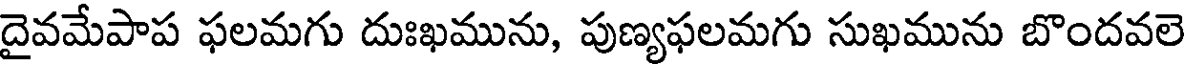
దైవమేపాప ఫలమగు దుఃఖమును, పుణ్యఫలమగు సుఖమును బొందవలె